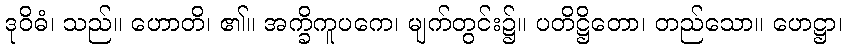
ဒုဝိဓံ၊ သည်။ ဟောတိ၊ ၏။ အက္ခိကူပကေ၊ မျက်တွင်း၌။ ပတိဋ္ဌိတော၊ တည်သော။ ဟေဋ္ဌာ၊